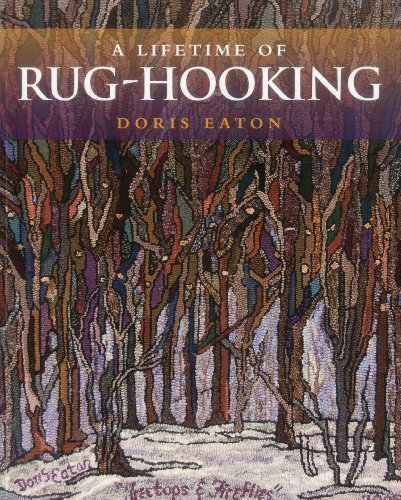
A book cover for Lifetime of Rug-Hooking; Doris Eaton; Crafts, Hobbies & Home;